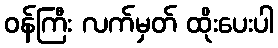
ဝန်ကြီး လက်မှတ် ထိုးပေးပါ